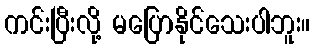
ကင်းပြီးလို့ မပြောနိုင်သေးပါဘူး။